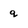
Character: q